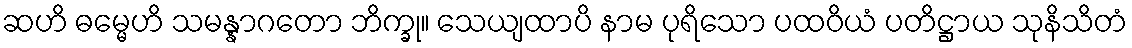
ဆဟိ ဓမ္မေဟိ သမန္နာဂတော ဘိက္ခု။ သေယျထာပိ နာမ ပုရိသော ပထဝိယံ ပတိဋ္ဌာယ သုနိသိတံ